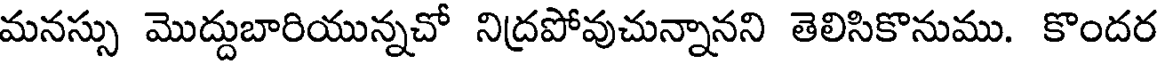
మనస్సు మొద్దుబారియున్నచో నిద్రపోవుచున్నానని తెలిసికొనుము. కొందర